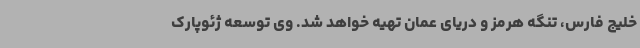
خلیج فارس، تنگه هرمز و دریای عمان تهیه خواهد شد. وی توسعه ژئوپارک